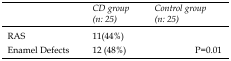
<table><thead><tr><td>[EMPTY_CELL]</td><td><b>CD group (n: 25)</b></td><td colspan="2"><b>Control group (n: 25)</b></td></tr></thead><tbody><tr><td>RAS</td><td>11(44%)</td><td colspan="2">[EMPTY_CELL]</td></tr><tr><td>Enamel Defects</td><td>12 (48%)</td><td>[EMPTY_CELL]</td><td>P=0.01</td></tr></tbody></table>